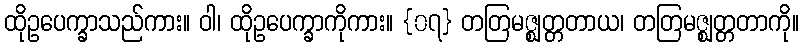
ထိုဥပေက္ခာသည်ကား။ ဝါ၊ ထိုဥပေက္ခာကိုကား။ {၀၇} တတြမဇ္ဈတ္တတာယ၊ တတြမဇ္ဈတ္တတာကို။